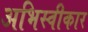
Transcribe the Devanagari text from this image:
अभिस्वीकार